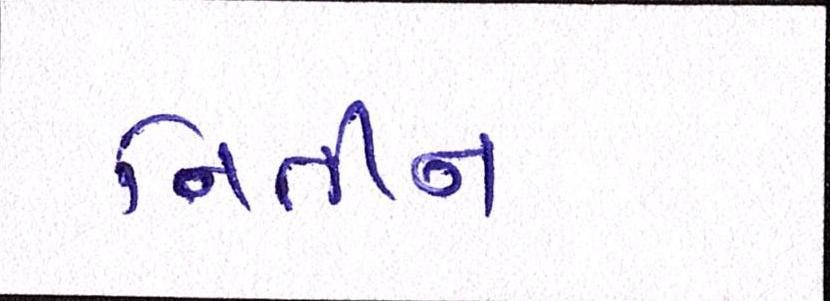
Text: નિતીન